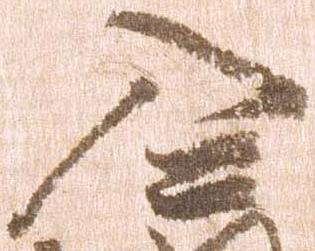
入